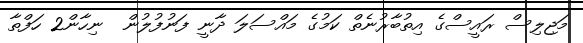
މަޖިލިސް ރައީސްގެ އިތުބާރުނެތް ކަމުގެ މައްސަލަ ދާނީ ފަނުފުލުން  ނިހާން2 ހަފްތާ